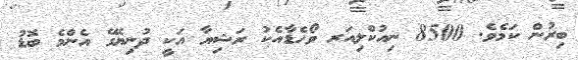
ބިރުން ކަމެވެ. 8500 ނިއުކްލިއަރ ވޯހެޑާއެކު ރަޝިޔާ އަކީ ދުނިޔޭގެ އެންމެ ބޮޑު